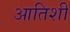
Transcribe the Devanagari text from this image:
आतिशी